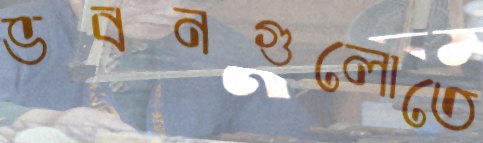
ভবনগুলোতে